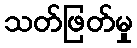
သတ်ဖြတ်မှု